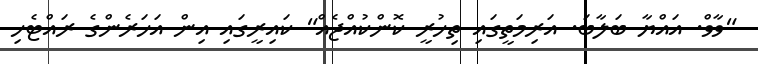
"ވާވް. އައްޔާ ބަލާބަ. އަރިމަތީގައި ތިހުރީ ކޮންކުއްޖެއް" ކައިރީގައި އިން އަހަރެންގެ ރައްޓެހި